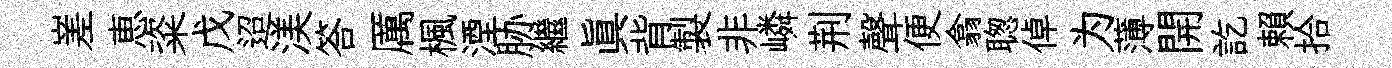
嵳恵粢戊迢渼答厲楓湮胁繼真背製非嶙荆聲便翕聦倬为薄開訖賴拾